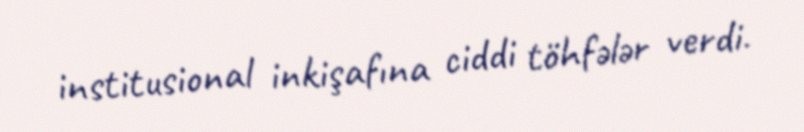
institusional inkişafına ciddi töhfələr verdi.